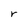
Character: r